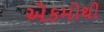
એકમોથી